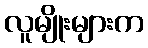
လူမျိုးများက